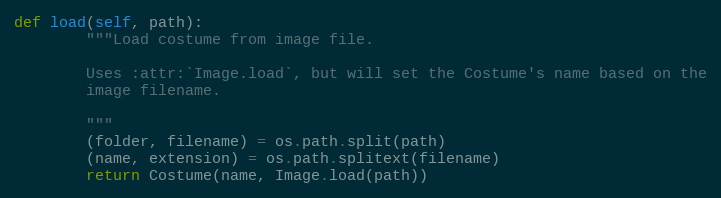
Language: Python
def load(self, path):
        """Load costume from image file.

        Uses :attr:`Image.load`, but will set the Costume's name based on the
        image filename.

        """
        (folder, filename) = os.path.split(path)
        (name, extension) = os.path.splitext(filename)
        return Costume(name, Image.load(path))